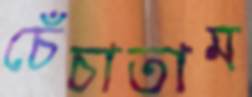
চেঁচাতাম